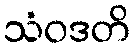
သံဝဒတိ